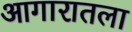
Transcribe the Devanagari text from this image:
आगारातला